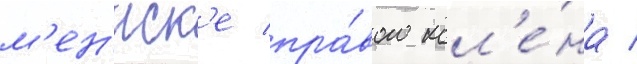
м'ен'иск'е пра́вого кол'е́на /